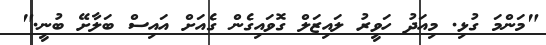
"މަންމަ ގުޅި. މިއަދު ހަވީރު ލައިޒަލް ގޮވައިގެން ގެއަށް އައިސް ބަލާށޭ ބުނީ."